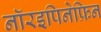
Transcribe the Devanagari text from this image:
नॉरइपिनेफ्रिन